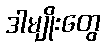
ဒါမျိုးတွေ